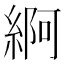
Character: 䋪